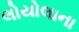
લોયોલાના